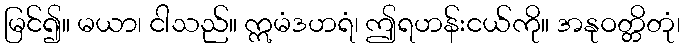
မြင်၍။ မယာ၊ ငါသည်။ ဣမံဒဟရံ၊ ဤရဟန်းငယ်ကို။ အနုဝတ္တိတုံ၊